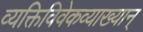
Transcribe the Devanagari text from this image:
व्यक्तिविवेकव्याख्यान्‌